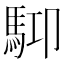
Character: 𩢞